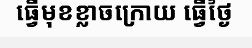
ធ្វើមុខខ្លាចក្រោយ ធ្វើថ្ងៃ